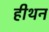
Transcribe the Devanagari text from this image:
हीथन